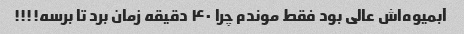
آبمیوه‌اش عالی بود فقط موندم چرا ۴۰ دقیقه زمان برد تا برسه!!!!